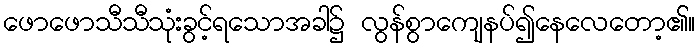
ဖောဖောသီသီသုံးခွင့်ရသောအခါ၌ လွန်စွာကျေနပ်၍နေလေတော့၏။